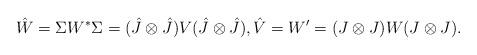
LaTeX: \begin{align*}\hat{W} = \Sigma W^*\Sigma = (\hat{J}\otimes \hat{J})V(\hat{J}\otimes \hat{J}),\hat{V} = W^{\prime} = (J\otimes J)W(J\otimes J).\end{align*}